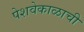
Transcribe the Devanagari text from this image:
पेशवेकाळाची